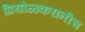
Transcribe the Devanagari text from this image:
प्रियोळकरांनीच